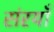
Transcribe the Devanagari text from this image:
संरयाँ